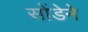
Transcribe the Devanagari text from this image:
सोंडेने